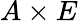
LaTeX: A\times E